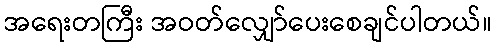
အရေးတကြီး အဝတ်လျှော်ပေးစေချင်ပါတယ်။